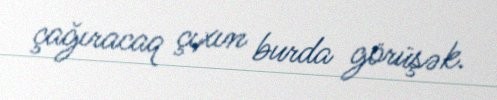
çağıracaq çıxın burda görüşək.